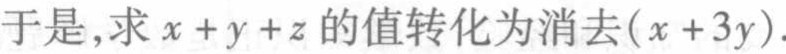
于是,求\(x + y + z\)的值转化为消去\((x + 3y)\).